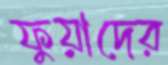
ফুয়াদের